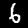
Digit: 6